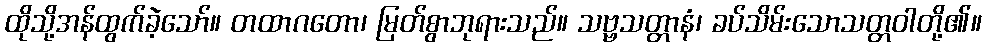
ထိုသို့အန်ထွက်ခဲ့သော်။ တထာဂတော၊ မြတ်စွာဘုရားသည်။ သဗ္ဗသတ္တာနံ၊ ခပ်သိမ်းသောသတ္တဝါတို့၏။